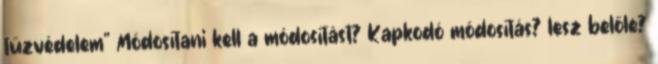
tűzvédelem" Módosítani kell a módosítást? Kapkodó módosítás? lesz belőle?